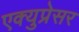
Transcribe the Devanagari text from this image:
एक्युप्रेसर